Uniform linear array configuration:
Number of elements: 24
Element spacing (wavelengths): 0.75
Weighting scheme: hamming
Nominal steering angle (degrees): -60
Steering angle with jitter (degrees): -59.827
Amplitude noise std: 0.05
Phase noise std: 0.05

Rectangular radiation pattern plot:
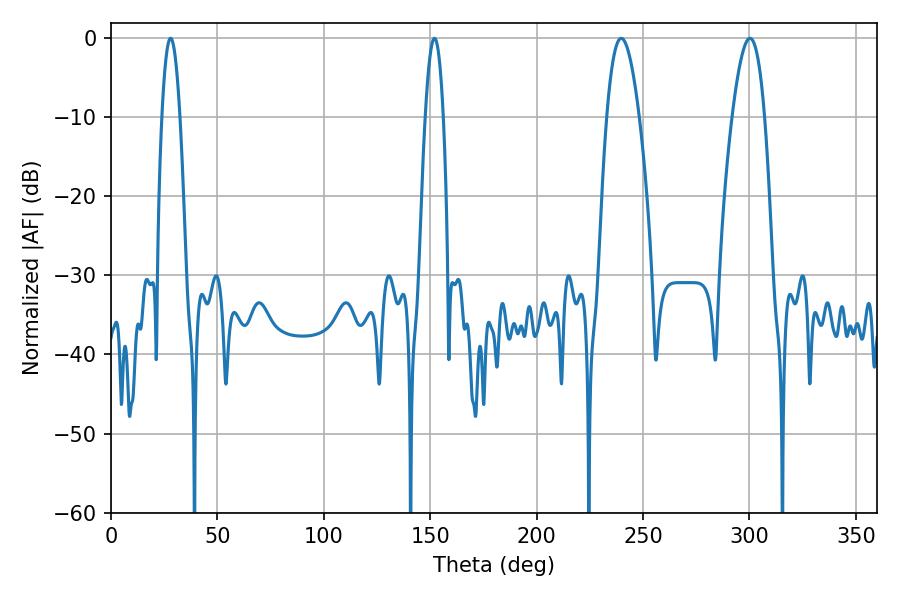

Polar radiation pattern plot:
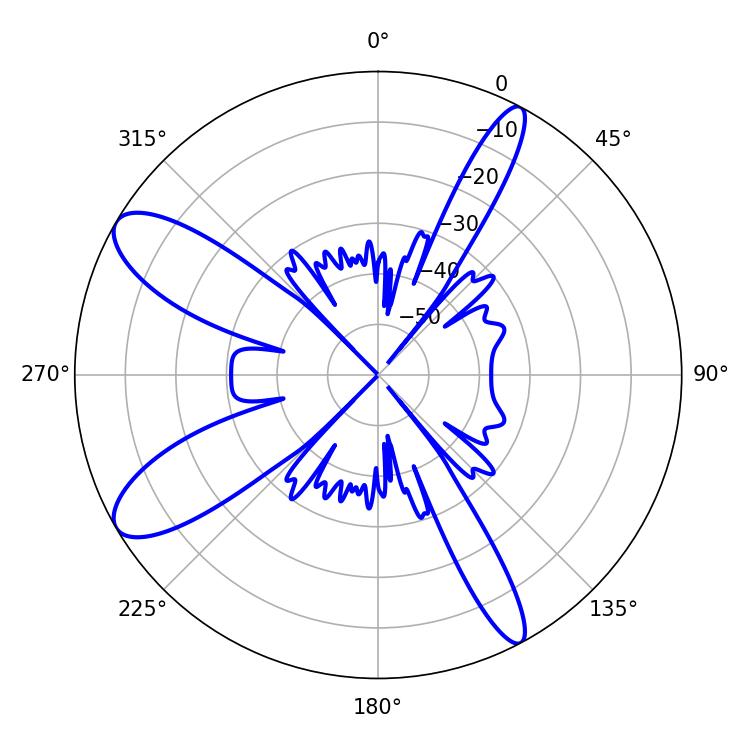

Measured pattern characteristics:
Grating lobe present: TRUE
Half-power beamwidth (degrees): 8.46
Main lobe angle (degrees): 239.76